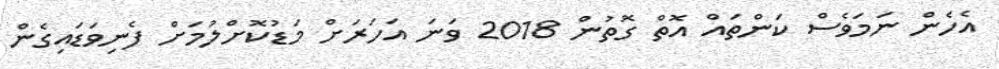
އެހެން ނަމަވެސް ކަންތައް އޮތް ގޮތުން 2018 ވަނަ އަހަރަށް މަޑުކޮށްލުމަށް ފެނިވަޑައިގެން